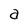
Character: a